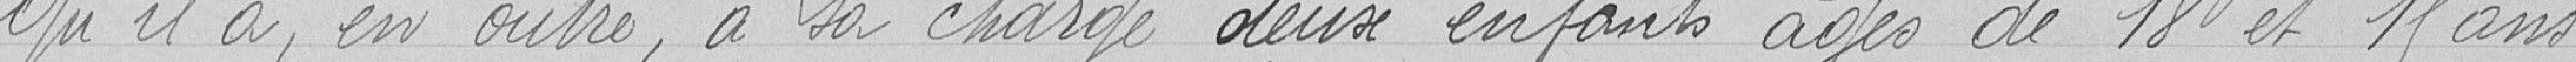
Qu'il a, en outre, à sa charge deux enfants âgés de 18 et 15 ans.